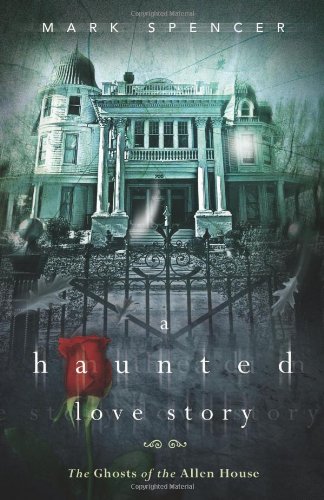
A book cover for A Haunted Love Story: The Ghosts of the Allen House; Mark Spencer; Religion & Spirituality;